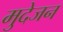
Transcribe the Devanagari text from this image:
मुदेजन